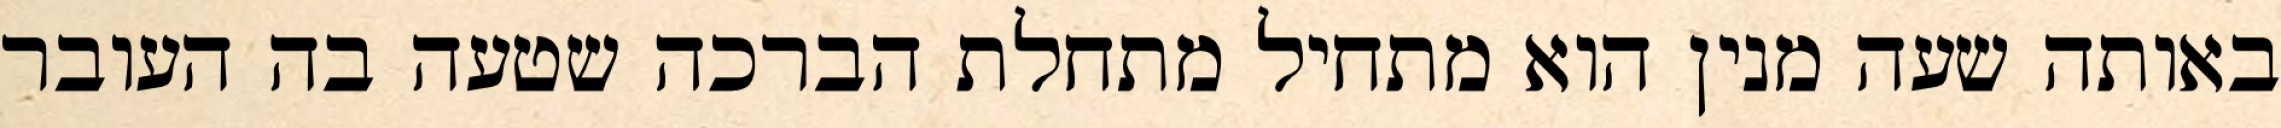
באותה שעה מנין הוא מתחיל מתחלת הברכה שטעה בה העובר